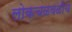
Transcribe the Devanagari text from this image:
लोकचळवळीचे